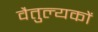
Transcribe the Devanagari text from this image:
वैतुल्यकों